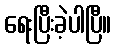
ရေးပြီးခဲ့ပါပြီ။